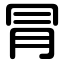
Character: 冐